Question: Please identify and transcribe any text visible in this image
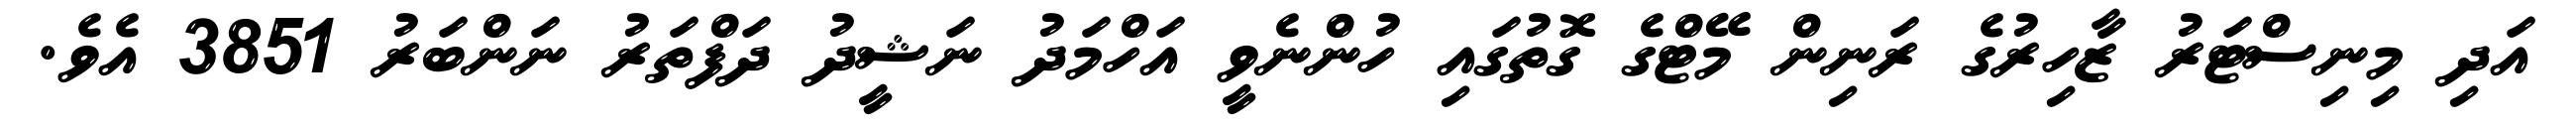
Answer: އަދި މިނިސްޓަރު ޒާހިރުގެ ރަނިން މޭޓްގެ ގޮތުގައި ހުންނެވީ އަހްމަދު ނަޝީދު ދަފްތަރު ނަންބަރު 3851 އެވެ.